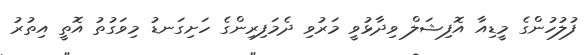
ފުލުހުންގެ މީޑިއާ އޮފިޝަލް ވިދާޅުވީ މަރުވި ދެމަފިރިންގެ ހަށިގަނޑު މިވަގުތު އޮތީ އިތުރު